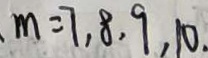
m = 7 , 8 , 9 , 1 0 ,